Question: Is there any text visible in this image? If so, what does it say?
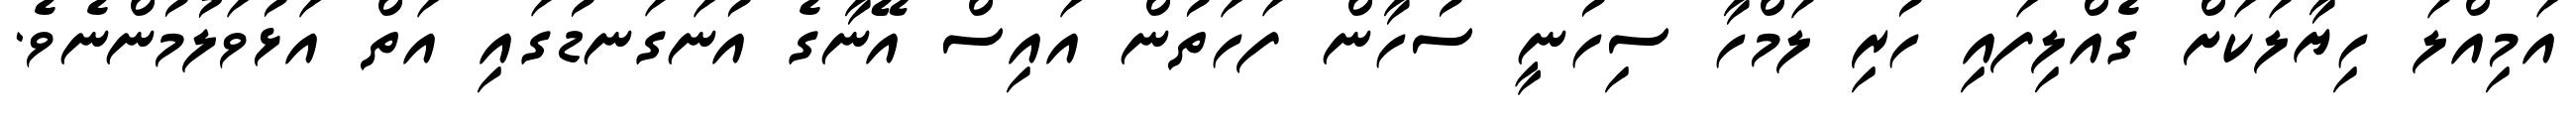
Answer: އަމިއްލަ ހިޔާލަކަށް ގެއްލިފައި ހުރި ލަމްހާ ސިހުނީ ސުހާން ފަހަތުން އައިސް އޭނާގެ އުނަގަނޑުގައި އަތް އަޅުވަލުމުންނެވެ.